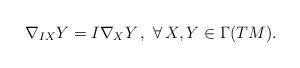
LaTeX: \begin{align*}\nabla_{IX}Y=I\nabla_XY\,,\,\,\forall\,X,Y\in\Gamma(TM).\end{align*}